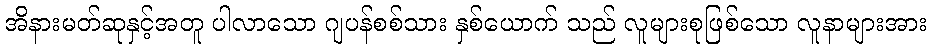
အိနားမတ်ဆုနှင့်အတူ ပါလာသော ဂျပန်စစ်သား နှစ်ယောက် သည် လူများစုဖြစ်သော လူနာများအား